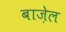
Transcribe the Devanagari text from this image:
बाज़ेल